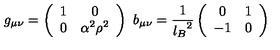
g _ { \mu \nu } = \left( \begin{array} { c c } { 1 } & { 0 } \\ { 0 } & { \alpha ^ { 2 } \rho ^ { 2 } } \\ \end{array} \right) \ b _ { \mu \nu } = { \frac { 1 } { { l _ { B } } ^ { 2 } } } \left( \begin{array} { c c } { 0 } & { 1 } \\ { - 1 } & { 0 } \\ \end{array} \right)